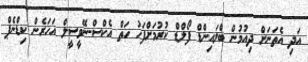
އަދި އެތަނަށް ދިއުމުން ބްލައިންޑް ފޯލްޑް ކުރުމަށްފަހު ހަތް އެކްސް-ނޭވީސީލް އަހަރެން ކިޑްނެޕް